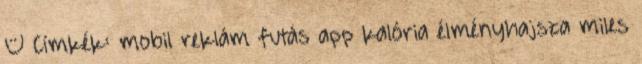
– Címkék: mobil reklám futás app kalória élményhajsza miles